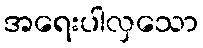
အရေးပါလှသော